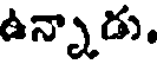
ఉన్నాడు.